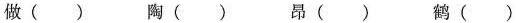
做( ) 陶( ) 昂( ) 鹤( )